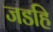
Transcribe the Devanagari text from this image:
जडहि